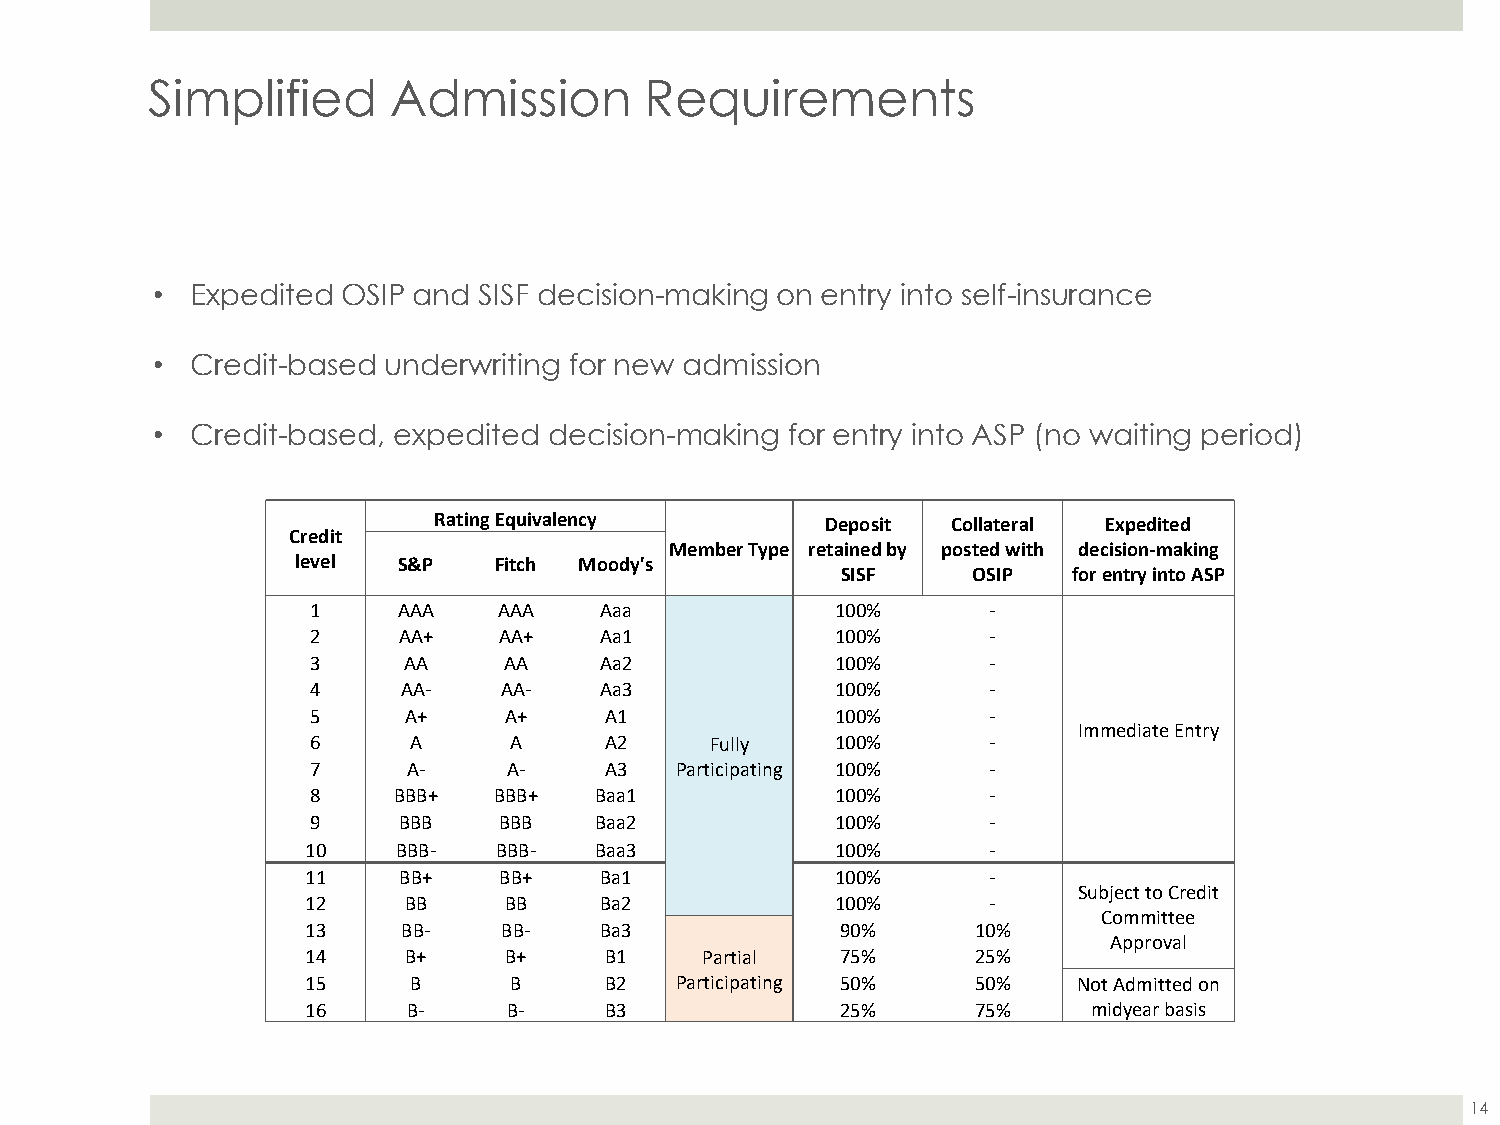
Simplified      Admission        Requirements
 •  Expedited OSIP and SISF decision-making on entry into self-insurance
 •  Credit-based underwriting for new admission
 •  Credit-based, expedited decision-making for entry into ASP (no waiting period)
 Rating Equivalency        Deposit Collateral Expedited
 Credit
 Member Type retained by posted with decision-making
 level S&P    Fitch Moody's
 SISF    OSIP   for entry into ASP
 1    AAA    AAA    Aaa            100%       -
 2    AA+    AA+    Aa1            100%       -
 3     AA    AA     Aa2            100%       -
 4     AA-   AA-    Aa3            100%       -
 5     A+    A+     A1             100%       -
 Immediate Entry
 6     A      A     A2     Fully   100%       -
 7     A-     A-    A3   Participating 100%   -
 8    BBB+   BBB+  Baa1            100%       -
 9    BBB    BBB   Baa2            100%       -
 10    BBB-   BBB-  Baa3            100%       -
 11    BB+    BB+    Ba1            100%       -
 Subject to Credit
 12     BB    BB     Ba2            100%       -
 Committee
 13     BB-   BB-    Ba3             90%      10%
 Approval
 14     B+    B+     B1    Partial   75%      25%
 15     B      B     B2   Participating 50%   50%   Not Admitted on
 16     B-     B-    B3              25%      75%    midyear basis
 14